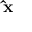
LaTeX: \mathbf { \hat { x } }